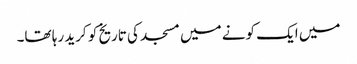
میں ایک کونے میں مسجد کی تاریخ کو کرید رہا تھا۔